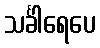
သင်္ခါရေပေ